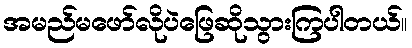
အမည်မဖော်လိုပဲဖြေဆိုသွားကြပါတယ်။